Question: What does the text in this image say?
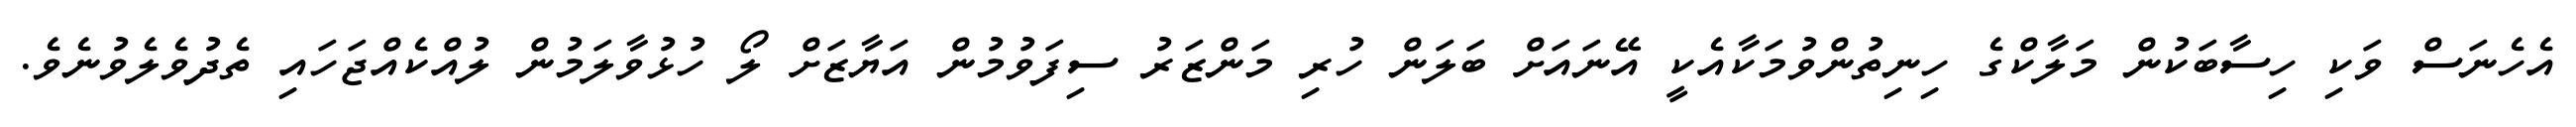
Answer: އެހެނަސް ވަކި ހިސާބަކުން މަލާކްގެ ހިނިތުންވުމަކާއެކީ އޭނައަށް ބަލަން ހުރި މަންޒަރު ސިފަވުމުން އަޔާޒަށް ލޯ ހުޅުވާލަމުން ލުއްކެއްޖަހައި ތެދުވެލެވުނެވެ.